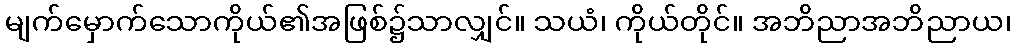
မျက်မှောက်သောကိုယ်၏အဖြစ်၌သာလျှင်။ သယံ၊ ကိုယ်တိုင်။ အဘိညာအဘိညာယ၊